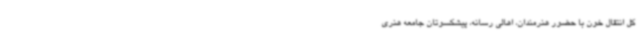
کل انتقال خون با حضور هنرمندان، اهالی رسانه، پیشکسوتان جامعه هنری